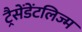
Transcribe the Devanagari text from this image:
ट्रैसेंडेंटलिज्म